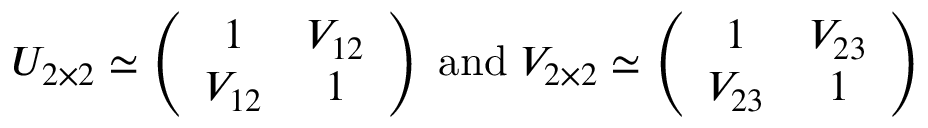
U _ { 2 \times 2 } \simeq \left( \begin{array} { c c } { { 1 } } & { { V _ { 1 2 } } } \\ { { V _ { 1 2 } } } & { { 1 } } \end{array} \right) \; \mathrm { a n d } \; V _ { 2 \times 2 } \simeq \left( \begin{array} { c c } { { 1 } } & { { V _ { 2 3 } } } \\ { { V _ { 2 3 } } } & { { 1 } } \end{array} \right)